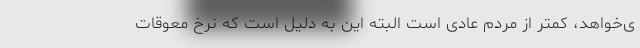
ی‌خواهد، کمتر از مردم عادی است البته این به دلیل است که نرخ معوقات